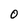
Character: O